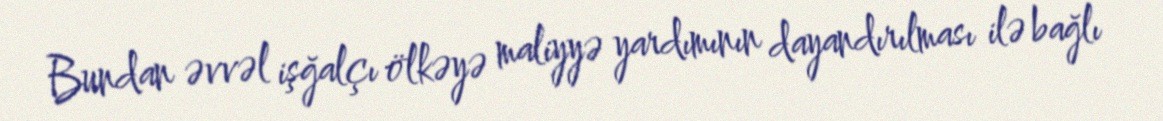
Bundan əvvəl işğalçı ölkəyə maliyyə yardımının dayandırılması ilə bağlı